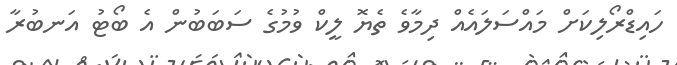
ހައިޑްރޯލިކަށް މައްސަލައެއް ދިމާވެ ތެޔޮ ލީކް ވުމުގެ ސަބަބުން އެ ބޯޓު އަނބުރާ